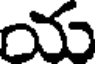
య